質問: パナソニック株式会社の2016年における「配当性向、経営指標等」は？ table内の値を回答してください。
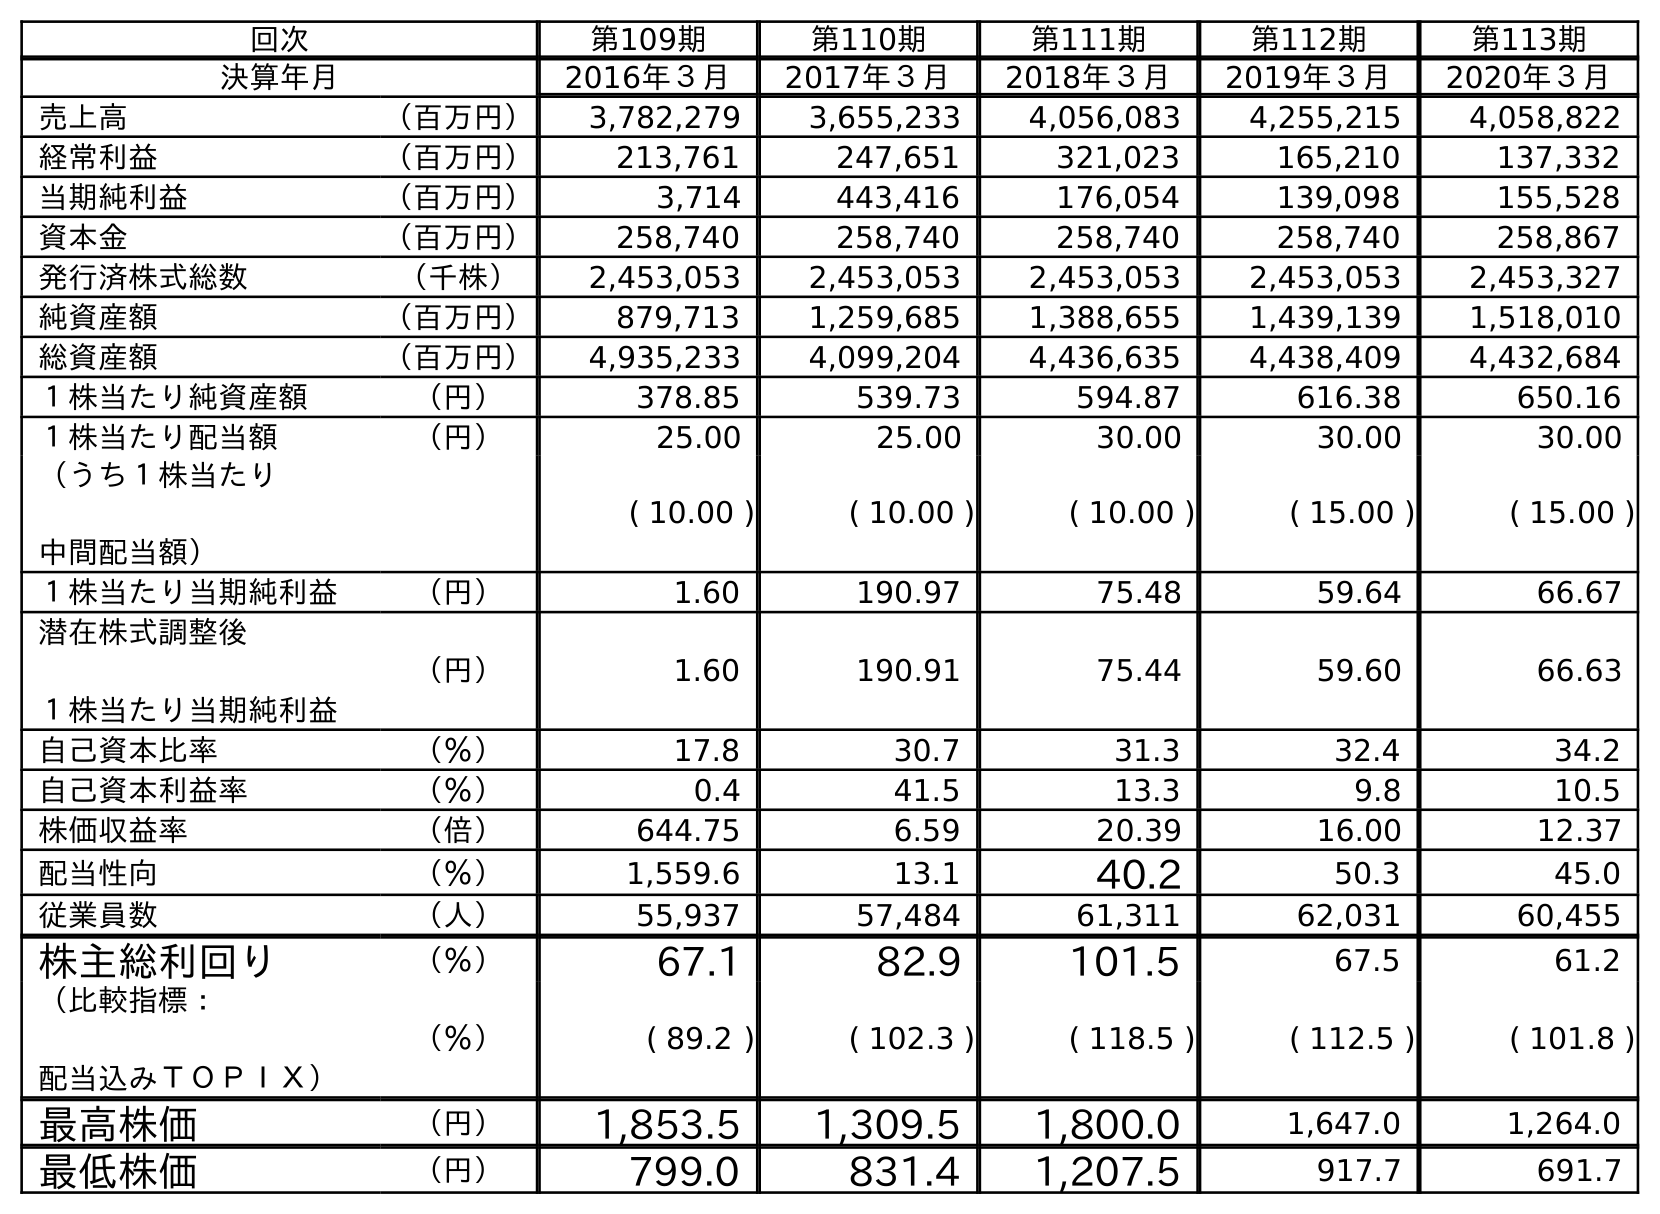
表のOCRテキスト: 回次 第109期 第110期 第111期 第112期 第113期 決算年月 2016年３月 2017年３月 2018年３月 2019年３月 2020年３月 売上高 （百万円） 3,782,279 3,655,233 4,056,083 4,255,215 4,058,822 経常利益 （百万円） 213,761 247,651 321,023 165,210 137,332 当期純利益 （百万円） 3,714 443,416 176,054 139,098 155,528 資本金 （百万円） 258,740 258,740 258,740 258,740 258,867 発行済株式総数 （千株） 2,453,053 2,453,053 2,453,053 2,453,053 2,453,327 純資産額 （百万円） 879,713 1,259,685 1,388,655 1,439,139 1,518,010 総資産額 （百万円） 4,935,233 4,099,204 4,436,635 4,438,409 4,432,684 １株当たり純資産額 （円） 378.85 539.73 594.87 616.38 650.16 １株当たり配当額 （円） 25.00 25.00 30.00 30.00 30.00 （うち１株当たり 中間配当額） ( 10.00 ) ( 10.00 ) ( 10.00 ) ( 15.00 ) ( 15.00 ) １株当たり当期純利益 （円） 1.60 190.97 75.48 59.64 66.67 潜在株式調整後 １株当たり当期純利益 （円） 1.60 190.91 75.44 59.60 66.63 自己資本比率 （％） 17.8 30.7 31.3 32.4 34.2 自己資本利益率 （％） 0.4 41.5 13.3 9.8 10.5 株価収益率 （倍） 644.75 6.59 20.39 16.00 12.37 配当性向 （％） 1,559.6 13.1 40.2 50.3 45.0 従業員数 （人） 55,937 57,484 61,311 62,031 60,455 株主総利回り （％） 67.1 82.9 101.5 67.5 61.2 （比較指標： 配当込みＴＯＰＩＸ） （％） ( 89.2 ) ( 102.3 ) ( 118.5 ) ( 112.5 ) ( 101.8 ) 最高株価 （円） 1,853.5 1,309.5 1,800.0 1,647.0 1,264.0 最低株価 （円） 799.0 831.4 1,207.5 917.7 691.7
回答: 1,559.6